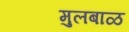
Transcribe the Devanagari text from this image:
मुलबाळ